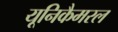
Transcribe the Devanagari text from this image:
यूनिकैमरल